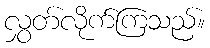
လွှတ်လိုက်ကြသည်။